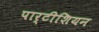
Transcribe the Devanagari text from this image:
पार्टीशियन